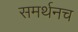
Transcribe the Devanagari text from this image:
समर्थनच